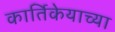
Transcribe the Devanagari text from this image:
कार्तिकेयाच्या